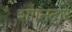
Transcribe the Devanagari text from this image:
शाानदार